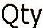
QTY